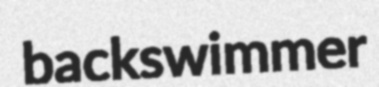
backswimmer